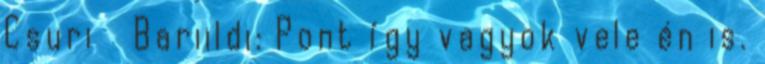
Csuri Bariildi: Pont így vagyok vele én is.